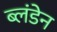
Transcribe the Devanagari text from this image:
ब्लंडेन